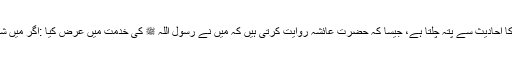
شبِ قدر کی ایک مخصوص دعا کا احادیث سے پتہ چلتا ہے، جیسا کہ حضرت عائشہؓ روایت کرتی ہیں کہ میں نے رسول اللہ ﷺ کی خدمت میں عرض کیا :اگر میں شبِ قدر کو پاؤںتو کیا دعا کروں ؟